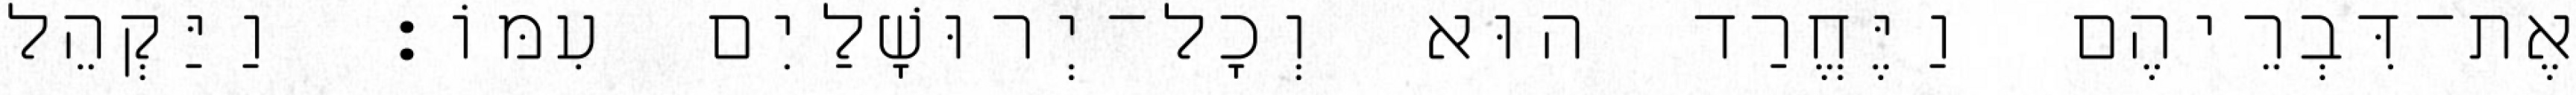
אֶת־דִּבְרֵיהֶם וַיֶּחֱרַד הוּא וְכָל־יְרוּשָׁלַיִם עִמּוֹ׃ וַיַּקְהֵל